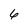
Character: 6